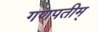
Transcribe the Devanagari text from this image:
गणपतीम्